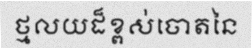
ថ្មលយដ៏ខ្ពស់ចោតនៃ